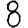
Digit: 8